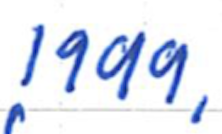
Text: 1999,
Cross-out: clean
Writing tool: ballpoint